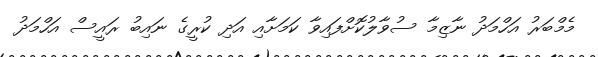
މެމްބަރު އަހްމަދު ނާޒިމާ ސުވާލުކޮށްފައިވާ ކަމަށާއި އަދި ކުރީގެ ނައިބު ރައީސް އަހްމަދު